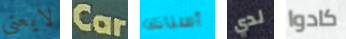
لايعني Car أسنانك لدي كادوا